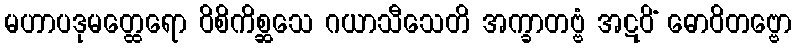
မဟာပဒုမတ္ထေရော ဝိစိကိစ္ဆသေ ဂယာသီသေတိ အက္ခာတဗ္ဗံ အဋဝိံ ဓောဝိတဗ္ဗော